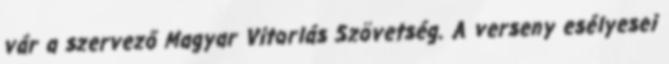
vár a szervező Magyar Vitorlás Szövetség. A verseny esélyesei